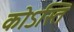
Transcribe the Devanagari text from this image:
कोऽस्ति